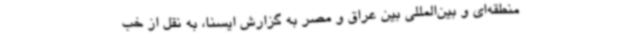
منطقه‌ای و بین‌المللی بین عراق و مصر به گزارش ایسنا، به نقل از خب